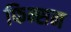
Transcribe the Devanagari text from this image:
फिन्सन